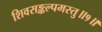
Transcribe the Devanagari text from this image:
शिवसङ्कल्पमस्तु॥१॥